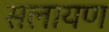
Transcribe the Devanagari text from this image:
सलायण